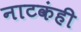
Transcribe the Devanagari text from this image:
नाटकंही